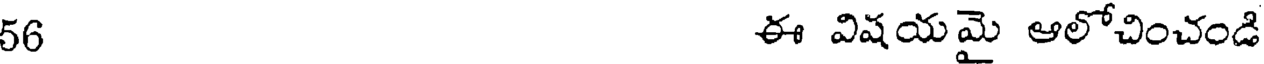
56 ఈ విషయమై ఆలోచించండి